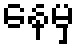
နေမှ